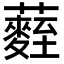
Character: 𮒻